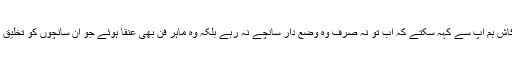
یوسفی صاحب کاش ہم اپ سے کہہ سکتے کہ اب تو نہ صرف وہ وضع دار سانچے نہ رہے بلکہ وہ ماہر فن بھی عنقا ہوئے جو ان سانچوں کو تخلیق کیا کرتے تھے۔